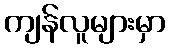
ကျန်လူများမှာ